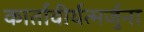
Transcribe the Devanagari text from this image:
कार्तावीर्यत्मर्जुना